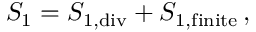
S _ { 1 } = S _ { 1 , \mathrm { d i v } } + S _ { 1 , \mathrm { f i n i t e } } \, ,